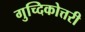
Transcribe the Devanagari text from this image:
गुच्दिकोत्तरी